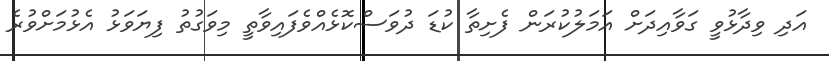
އަދި ވިދާޅުވީ ގަވާއިދަށް އަމަލުކުރަން ފެށިތާ ކުޑަ ދުވަސްކޮޅެއްވެފައިވާތީ މިވަގުތު ފިޔަވަޅު އެޅުމަށްވުރެ